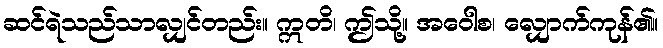
ဆင်ရဲသည်သာလျှင်တည်း။ ဣတိ၊ ဤသို့။ အဝေါစ၊ လျှောက်ကုန်၏။